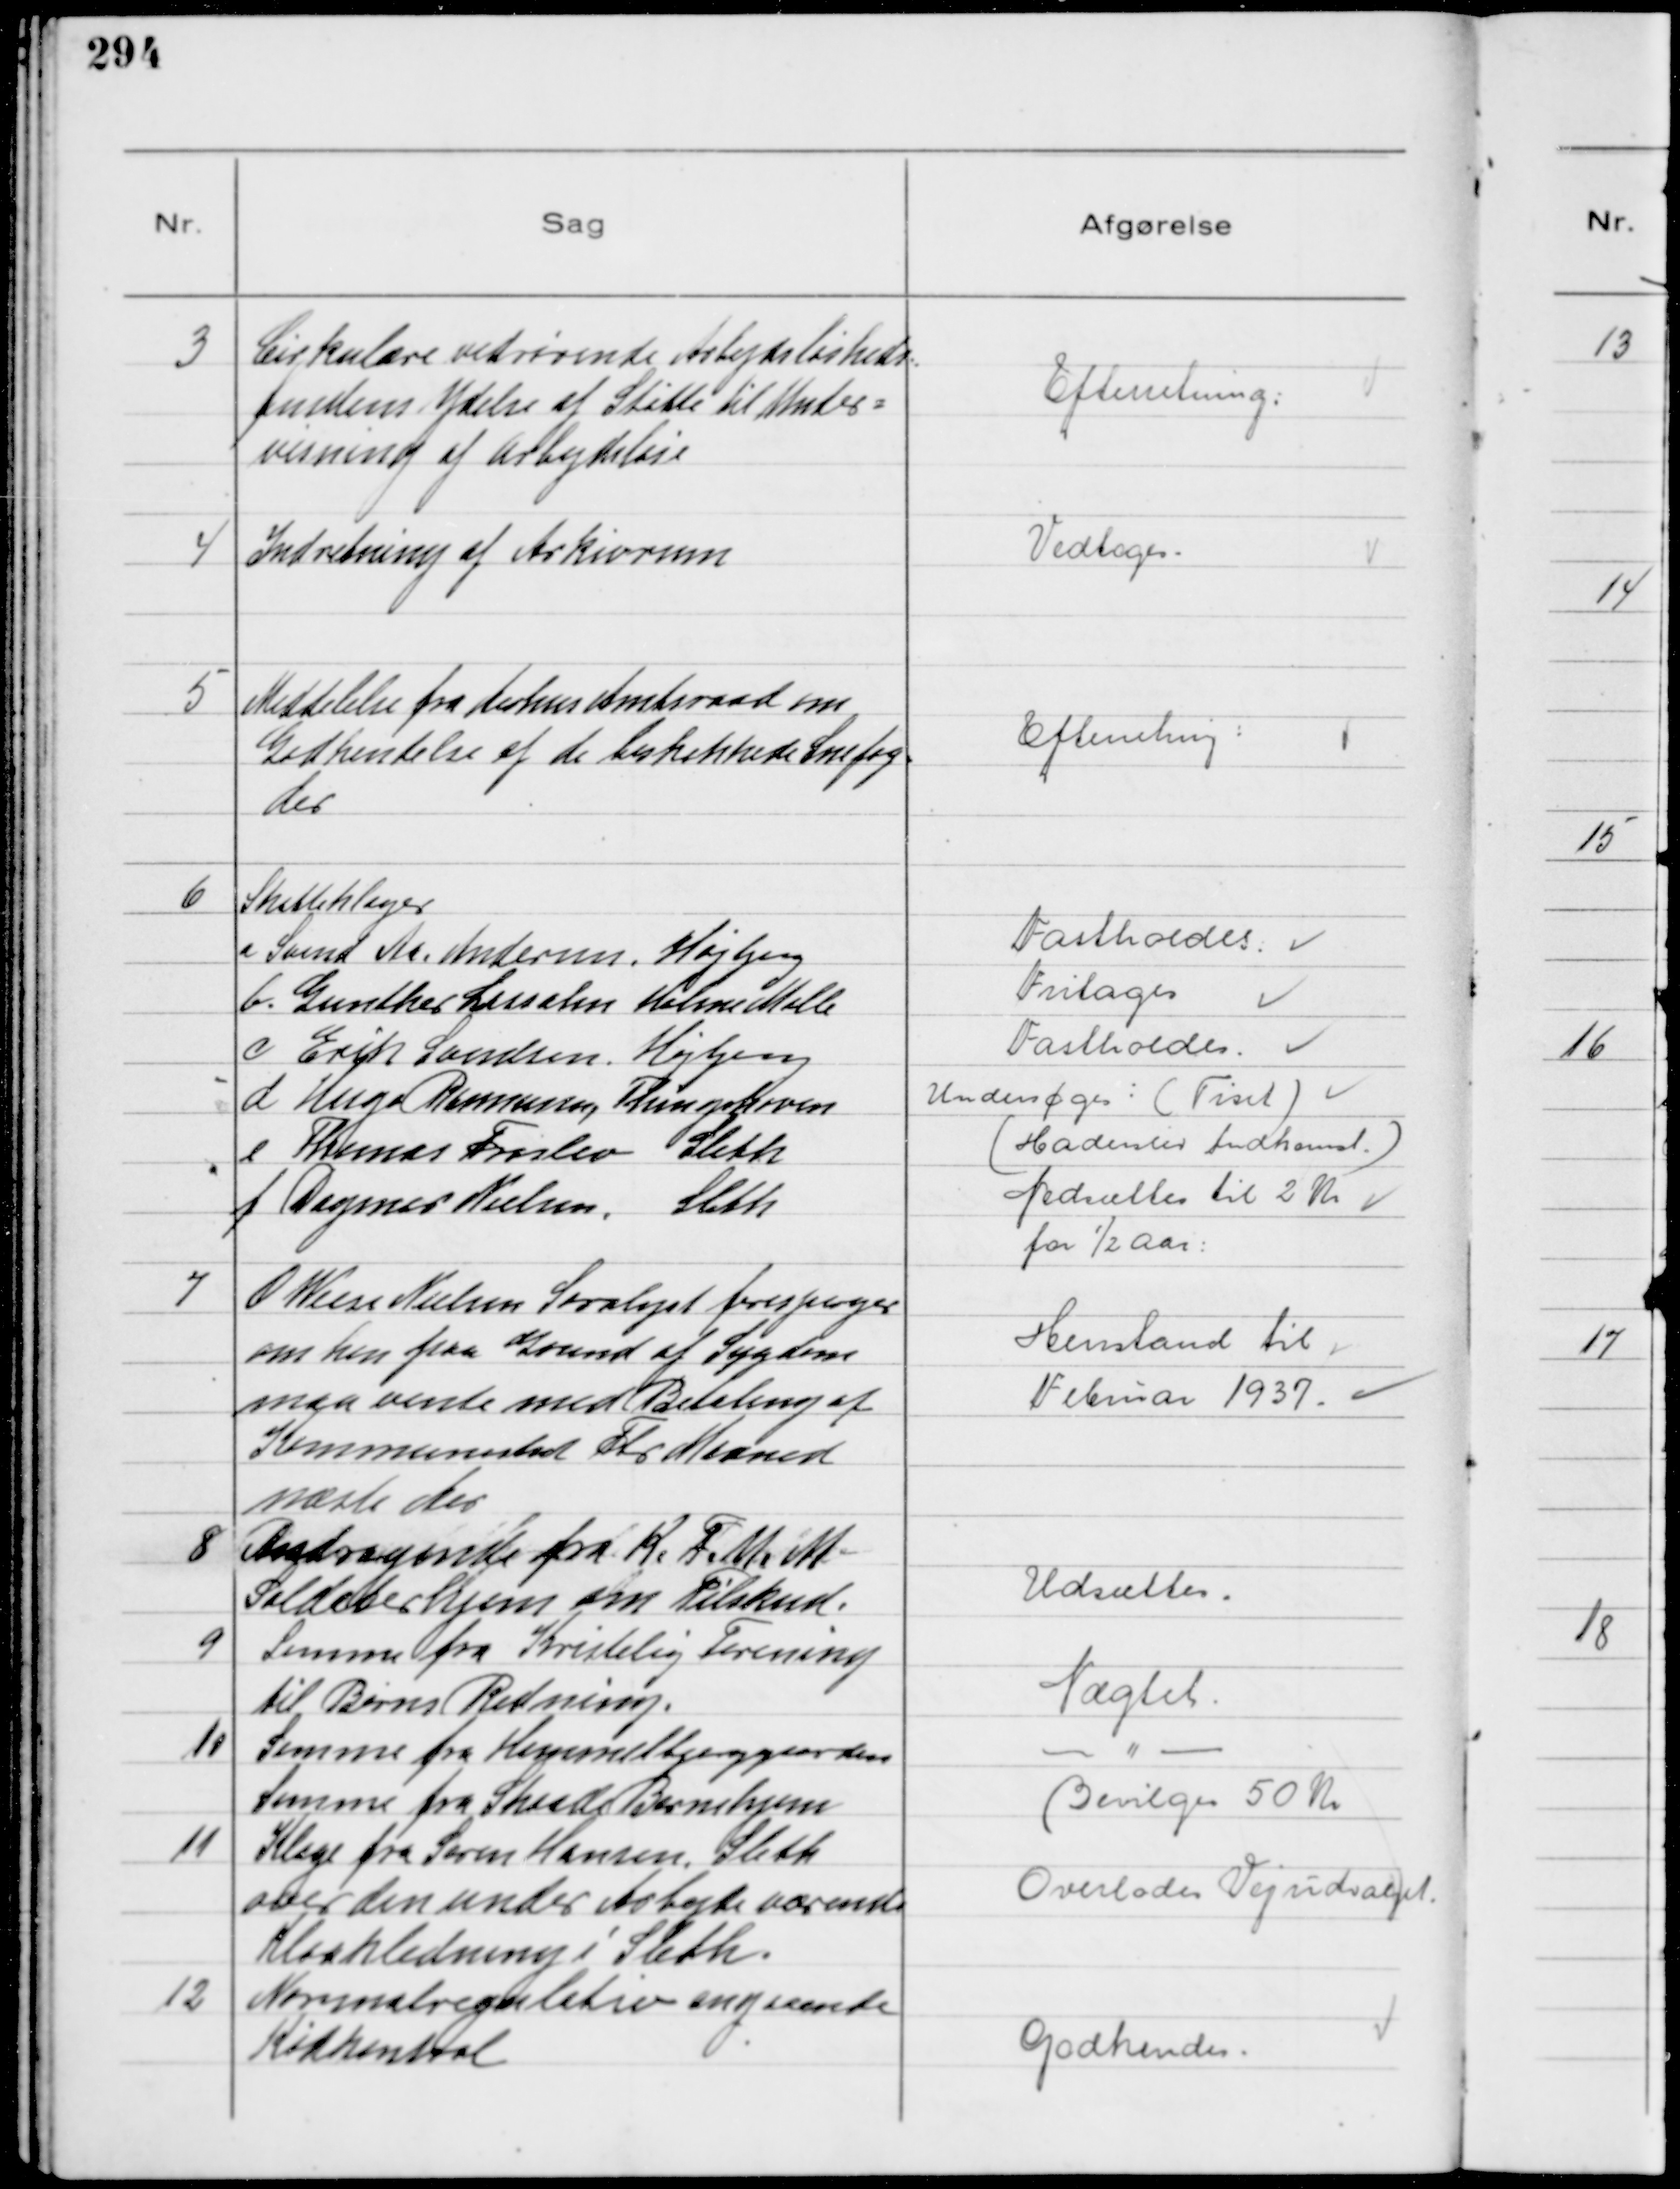
Transskription:
3
Cirkulære vedrørende Arbejdsløsheds-
fondens Ydelse af Støtte til Under-
visning af Arbejdsløse

Efterretning

4
Indretning af Arkivrum

Vedtoges

5
Meddelelse fra Aarhus Amtsraad om
Godkendelse af de beskikkede Snefog-
der

Efterretning

6
Skatteklager
a Svend Aa. Andersen, Højbjerg
Fastholdes
b. Gunther Lischen Holme Mølle
Fritages
c Erik Svendsen, Højbjerg
Fastholdes
d. Hugo Rasmussen, Thingskoven
Undersøges: (Tiset)
e Thomas Frøslev Sleth
(Haderslev Indkomst.)
f Dagmar Nielsen, Sleth
Nedsættes til 2 Kr
for ½ Aar

7
O Weise Nielsen Saralyst forespørger
om han paa Grund af Sygdom
maa vente med Betaling af
Kommuneskat Fbr Maaned
næste Aar

Henstand til
Februar 1937.

8
Andragende fra K.F.U.M
Soldaterhjem om Tilskud.

Udsættes

9
Samme fra Kristelig Forening
til Børns Redning.

Nægtet

10
Samme fra Himmelbjerggaarden
Samme fra Skaade Børnehjem

-"-
Bevilges 50 Kr

11
Klage fra Søren Hansen, Sleth
over den under Arbejde værende
Kloakledning i Sleth.

Overlodes Vejudvalget

12
Normalregulativ angaaende
Kødkontrol

Godkendes